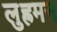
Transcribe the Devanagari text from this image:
लुह्रमन